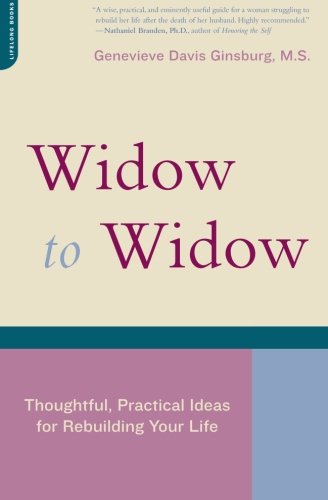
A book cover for Widow To Widow: Thoughtful, Practical Ideas For Rebuilding Your Life; Genevieve Davis Ginsburg; Self-Help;